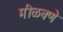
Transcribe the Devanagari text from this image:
मीळवणे